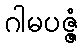
ဂါမပဇ္ဇံ